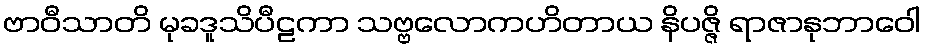
ဗာဝီသာတိ မုခဒူသိပီဠကာ သဗ္ဗလောကဟိတာယ နိပဇ္ဇိ ရာဇာနုဘာဝေါ